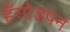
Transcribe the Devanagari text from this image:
हँसोड़पन